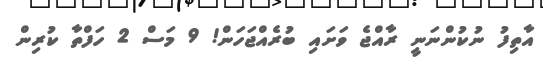
އާތިފު ނުކުންނަނީ ރާއްޖެ ވަށައި ބުރެއްޖަހަން! 9 މަސް 2 ހަފްތާ ކުރިން